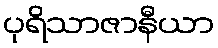
ပုရိသာဇာနီယာ